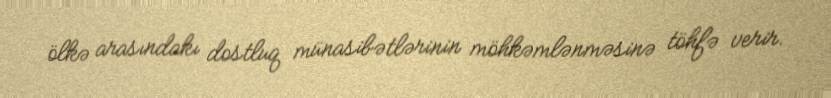
ölkə arasındakı dostluq münasibətlərinin möhkəmlənməsinə töhfə verir.